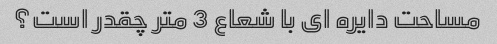
مساحت دایره ای با شعاع 3 متر چقدر است؟